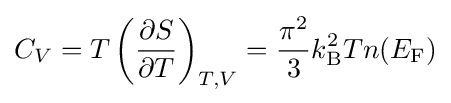
C_{V}=T\left({\frac {\partial S}{\partial T}}\right)_{T,V}={\frac {\pi ^{2}}{3}}k_{\rm {B}}^{2}Tn(E_{\rm {F}})